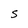
Character: S